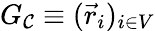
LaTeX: G_{\mathcal{C}}\equiv(\vec{r}_{i})_{i\in V}